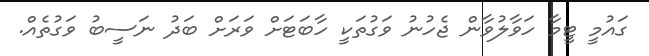
ގައުމީ ޓީމާ ހަވާލުވާން ޖެހުނު ވަގުތަކީ ހާބަޓަށް ވަރަށް ބަދު ނަސީބު ވަގުތެއް.